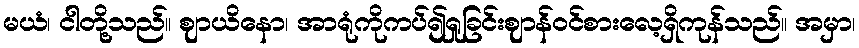
မယံ၊ ငါတို့သည်။ ဈာယိနော၊ အာရုံကိုကပ်၍ရှုခြင်းဈာန်ဝင်စားလေ့ရှိကုန်သည်။ အမှာ၊